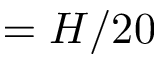
= H / 2 0